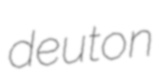
deuton